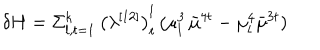
\delta H = \Sigma _ { l , t = 1 } ^ { k } \, { \bigl ( \lambda ^ { [ 1 2 ] } \bigr ) } _ { t } ^ { l } \, ( \mu _ { l } ^ { 3 } \, { \bar { \mu } } ^ { 4 t } - \mu _ { l } ^ { 4 } { \bar { \mu } } ^ { 3 t } )